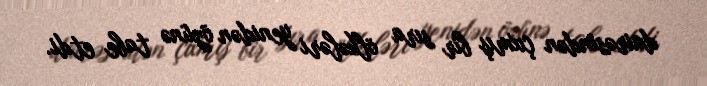
dairəsindən çıxmış bir sıra ölkələri yenidən özünə tabe etdi.